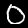
Digit: 0